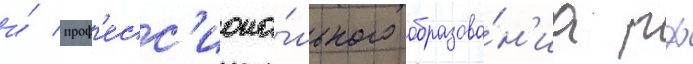
и́ проф'есс'иона́льного образова́н'иа рф